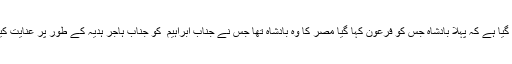
نیز کہا گیا ہے کہ پہلا بادشاہ جس کو فرعون کہا گیا مصر کا وہ بادشاہ تھا جس نے جناب ابراہیم ؑ کو جناب ہاجر ہدیہ کے طور پر عنایت کیں تھی۔